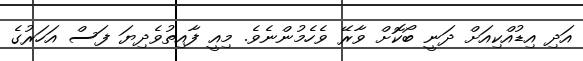
އަދި އިޑުއްކިއަށް ދަނީ ބޯކޮށް ވާރޭ ވެހެމުންނެވެ. މިއީ ފާއިތުވެދިޔަ ފަސް އަހަރުގެ